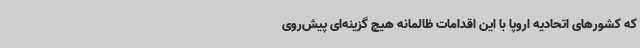
که کشورهای اتحادیه اروپا با این اقدامات ظالمانه هیچ گزینه‌ای پیش‌روی